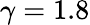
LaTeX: \gamma=1.8